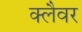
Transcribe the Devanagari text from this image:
क्लैवर